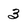
Character: 3